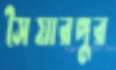
সৈয়ারপুর